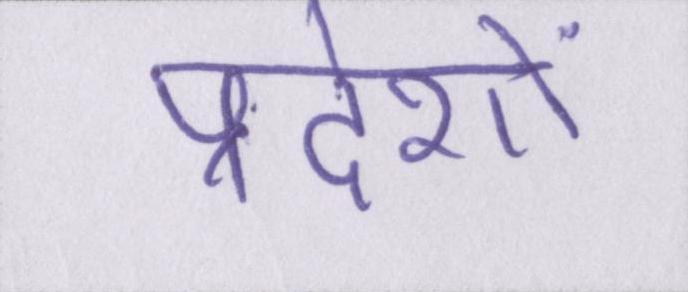
प्रदेशों